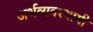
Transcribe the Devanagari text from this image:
अर्थव्यवस्थायी